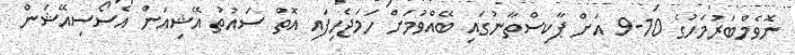
ނޮވެމްބަރުމަހުގެ 10-9 އަށް ޕާކިސްތާނުގައި ބޭއްވުމަށް ހަމަޖެހިފައި އޮތް ސައުތު އޭޝިއަން އެސޯސިއޭޝަން